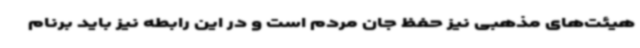
هیئت‌های مذهبی نیز حفظ جان مردم است و در این رابطه نیز باید برنام